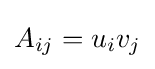
A_{ij}=u_{i}v_{j}